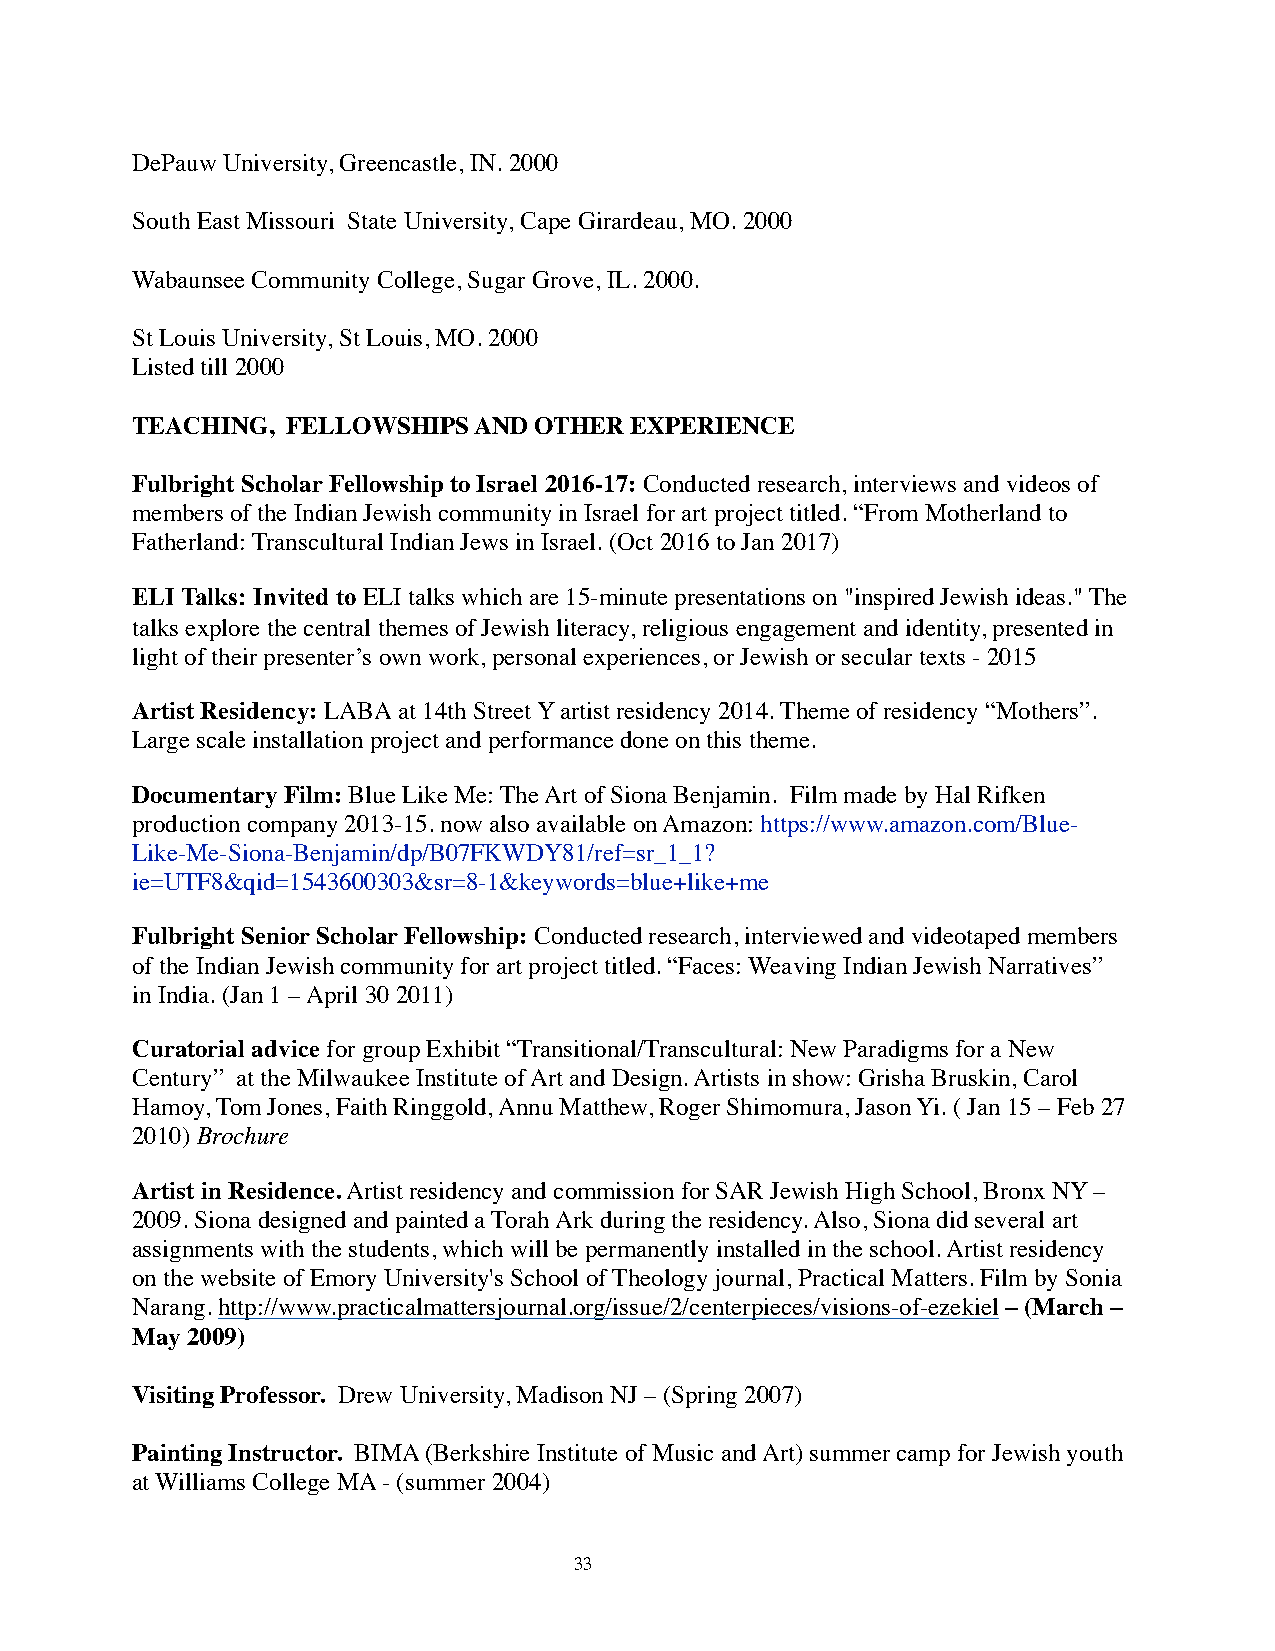
DePauw University, Greencastle, IN. 2000
 South East Missouri State University, Cape Girardeau, MO. 2000
 Wabaunsee Community College, Sugar Grove, IL. 2000.
 St Louis University, St Louis, MO. 2000
 Listed till 2000
 TEACHING, FELLOWSHIPS AND OTHER  EXPERIENCE
 Fulbright Scholar Fellowship to Israel 2016-17: Conducted research, interviews and videos of
 members of the Indian Jewish community in Israel for art project titled. “From Motherland to
 Fatherland: Transcultural Indian Jews in Israel. (Oct 2016 to Jan 2017)
 ELI Talks: Invited to ELI talks which are 15-minute presentations on "inspired Jewish ideas." The
 talks explore the central themes of Jewish literacy, religious engagement and identity, presented in
 light of their presenter’s own work, personal experiences, or Jewish or secular texts - 2015
 Artist Residency: LABA at 14th Street Y artist residency 2014. Theme of residency “Mothers”.
 Large scale installation project and performance done on this theme.
 Documentary Film: Blue Like Me: The Art of Siona Benjamin. Film made by Hal Rifken
 production company 2013-15. now also available on Amazon: https://www.amazon.com/Blue-
 Like-Me-Siona-Benjamin/dp/B07FKWDY81/ref=sr_1_1?
 ie=UTF8&qid=1543600303&sr=8-1&keywords=blue+like+me
 Fulbright Senior Scholar Fellowship: Conducted research, interviewed and videotaped members
 of the Indian Jewish community for art project titled. “Faces: Weaving Indian Jewish Narratives”
 in India. (Jan 1 – April 30 2011)
 Curatorial advice for group Exhibit “Transitional/Transcultural: New Paradigms for a New
 Century” at the Milwaukee Institute of Art and Design. Artists in show: Grisha Bruskin, Carol
 Hamoy, Tom Jones, Faith Ringgold, Annu Matthew, Roger Shimomura, Jason Yi. ( Jan 15 – Feb 27
 2010) Brochure
 Artist in Residence. Artist residency and commission for SAR Jewish High School, Bronx NY –
 2009. Siona designed and painted a Torah Ark during the residency. Also, Siona did several art
 assignments with the students, which will be permanently installed in the school. Artist residency
 on the website of Emory University's School of Theology journal, Practical Matters. Film by Sonia
 Narang. http://www.practicalmattersjournal.org/issue/2/centerpieces/visions-of-ezekiel – (March –
 May 2009)
 Visiting Professor. Drew University, Madison NJ – (Spring 2007)
 Painting Instructor. BIMA (Berkshire Institute of Music and Art) summer camp for Jewish youth
 at Williams College MA - (summer 2004)
 33